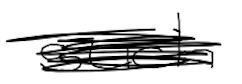
Text: such
Cross-out: scratch
Writing tool: digital_black